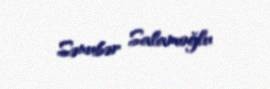
Sənubər Salamoğlu